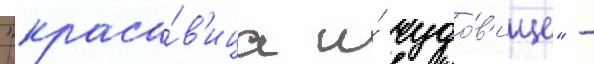
"краса́в'ица и́ чудо́в'ище" -